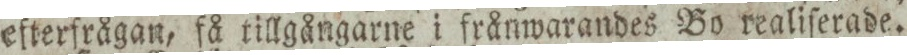
efterfrågan, få tillgångarne i frånwarandes Bo realiſerade.